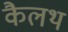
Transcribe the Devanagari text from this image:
कैलथ